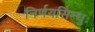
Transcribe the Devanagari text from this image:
निर्णयसिन्धुः